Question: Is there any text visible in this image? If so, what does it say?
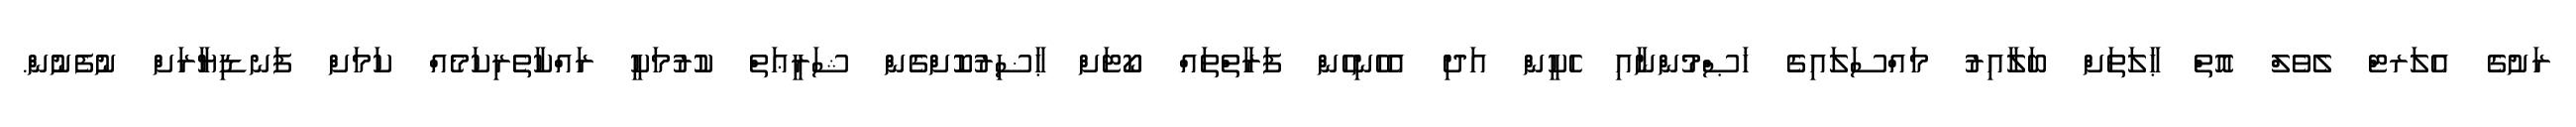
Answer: ރަށުގެ އެލަރޓް ލެވެލް އޮތް ޙާލަތަށް ބަލާއިރު މައްސަލައިގެ ޚަޞްމުންނާއި ހެކީން އަދި އެހެނިހެން ފަރާތްތައް ކޯޓަށް ޙާޟިރުކޮށްގެން ޝަރީޢަތް ކުރުމަކީ ރައްކާތެރިކަމެއް ކަމަށް ފަނޑިޔާރަށް ނުފެނުން.